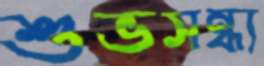
শুভসন্ধ্য